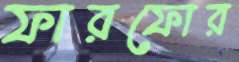
ফারফোর